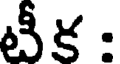
టీక :